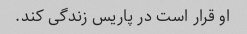
او قرار است در پاریس زندگی کند.